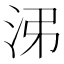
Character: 𱦃